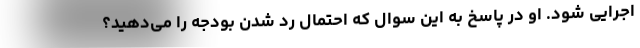
اجرایی شود. او در پاسخ به این سوال که احتمال رد شدن بودجه را می‌دهید؟